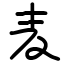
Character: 麦